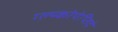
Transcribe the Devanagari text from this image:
ग्ल्य्कोपेप्तिदे